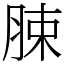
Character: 脨